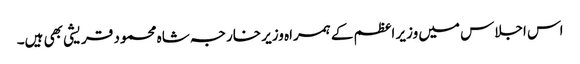
اس اجلاس میں وزیر اعظم کے ہمراہ وزیر خارجہ شاہ محمود قریشی بھی ہیں۔